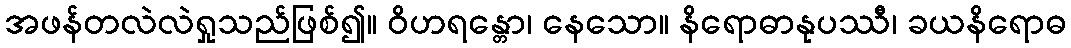
အဖန်တလဲလဲရှုသည်ဖြစ်၍။ ဝိဟရန္တော၊ နေသော။ နိရောဓာနုပဿီ၊ ခယနိရောဓ